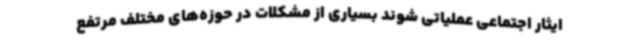
ایثار اجتماعی عملیاتی شوند بسیاری از مشکلات در حوزه‌های مختلف مرتفع